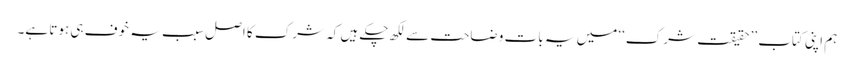
ہم اپنی کتاب ’’حقیقت شرک‘‘ میں یہ بات وضاحت سے لکھ چکے ہیں کہ شرک کا اصل سبب یہ خوف ہی ہوتا ہے۔